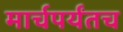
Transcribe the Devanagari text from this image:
मार्चपर्यंतच